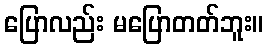
ပြောလည်း မပြောတတ်ဘူး။